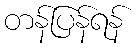
တန်ပြန်ရန်